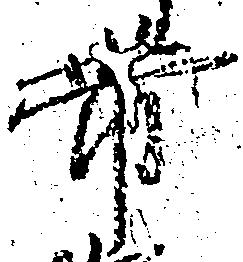
帯